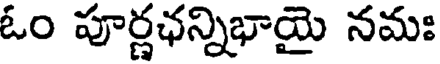
ఓం పూర్ణఛన్నిభాయై నమః